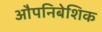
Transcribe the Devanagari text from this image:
औपनिबेशिक